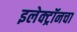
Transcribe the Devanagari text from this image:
इलेक्ट्रॉनचा